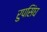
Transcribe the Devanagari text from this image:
रुपसिंघ